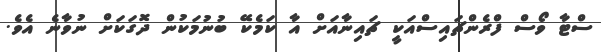
ސްޓާ ވޯސް ފްރެންޗައިސްއަކީ ޗައިނާއަށް އާ ކަމެކޭ ބުނުމަކުން ދޮގަކަށް ނުވާނެ އެވެ.